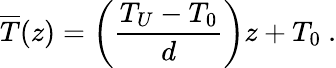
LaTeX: \overline{{T}}(z)=\left(\frac{T_{U}-T_{0}}{d}\right)z+T_{0}~.